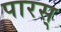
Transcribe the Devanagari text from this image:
पारस्